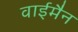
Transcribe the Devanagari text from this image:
वाईमैन